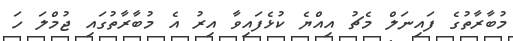
މުބާރާތުގެ ފައިނަލް މެޗު އިއްޔެ ކުޅެފައިވާ އިރު އެ މުބާރާތުގައި ޖުމްލަ ހަ